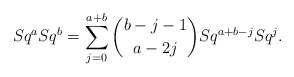
\begin{align*}Sq^aSq^b = \sum_{j=0}^{a+b}\binom{b-j-1}{a-2j}Sq^{a+b-j}Sq^j. \end{align*}